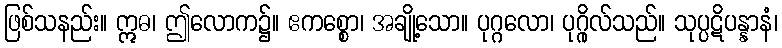
ဖြစ်သနည်း။ ဣဓ၊ ဤလောက၌။ ဧကစ္စော၊ အချို့သော။ ပုဂ္ဂလော၊ ပုဂ္ဂိုလ်သည်။ သုပ္ပဋိပန္နာနံ၊